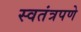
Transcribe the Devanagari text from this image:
स्‍वतंत्रपणे